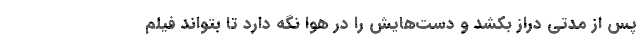
پس از مدتی دراز بکشد و دست‌هایش را در هوا نگه دارد تا بتواند فیلم